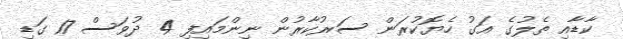
ކާޑާއި ތެލުގެ އަގު ހެޔޮކުރަން ސަރުކާރުން ނިންމައިފި 4 ދުވަސް 17 ގަޑި